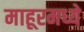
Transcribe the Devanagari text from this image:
माहूरमध्ये